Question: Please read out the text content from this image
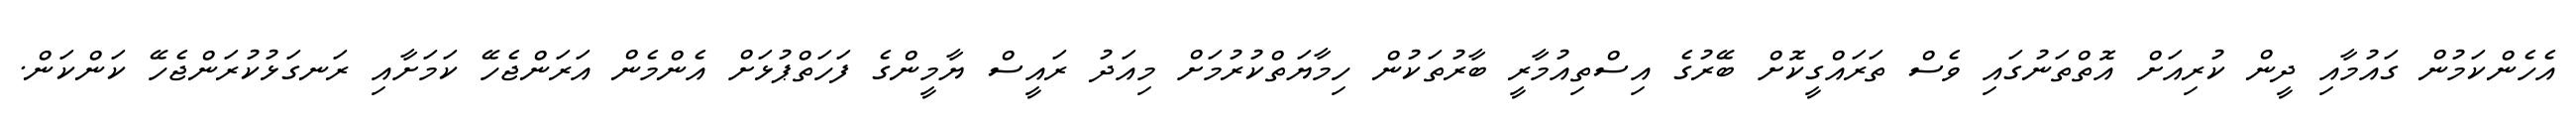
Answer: އެހެންކަމުން ގައުމާއި ދީން ކުރިއަށް އޮތްތަނުގައި ވެސް ތަރައްގީކޮށް ބޭރުގެ އިސްތިއުމާރީ ބާރުތަކުން ހިމާޔަތްކުރުމަށް މިއަދު ރައީސް ޔާމީންގެ ފަހަތްޕުޅަށް އެންމެން އަރަންޖެހޭ ކަމަށާއި ރަނގަޅުކުރަންޖެހޭ ކަންކަން.